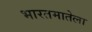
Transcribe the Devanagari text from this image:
भारतमातेला